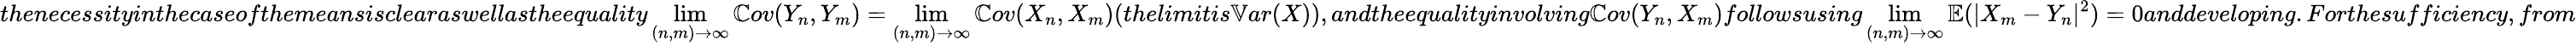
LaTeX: thenecessityinthecaseofthemeansisclearaswellastheequality\displaystyle\operatorname*{lim}_{(n,m)\to\infty}\mathbb{C}ov(Y_{n},Y_{m})=\displaystyle\operatorname*{lim}_{(n,m)\to\infty}\mathbb{C}ov(X_{n},X_{m})(thelimitis\mathbb{V}ar(X)),andtheequalityinvolving\mathbb{C}ov(Y_{n},X_{m})followsusing\displaystyle\operatorname*{lim}_{(n,m)\to\infty}\mathbb{E}(|X_{m}-Y_{n}|^{2})=0anddeveloping.Forthesufficiency,from